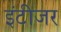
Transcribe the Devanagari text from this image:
इंटीजर